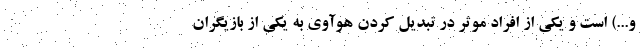
و...) است و یکی از افراد موثر در تبدیل کردن هوآوی به یکی از بازیگران